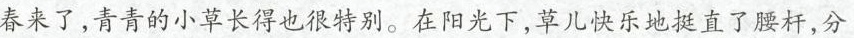
春来了，青青的小草长得也很特别。在阳光下，草儿快乐地挺直了腰杆，分